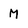
Character: M